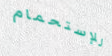
للإستحمام